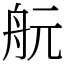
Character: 𦨞